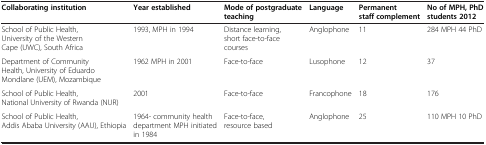
<table><thead><tr><td><b>Collaborating institution</b></td><td><b>Year established</b></td><td><b>Mode of postgraduate teaching</b></td><td><b>Language</b></td><td><b>Permanent staff complement</b></td><td><b>No of MPH, PhD students 2012</b></td></tr></thead><tbody><tr><td>School of Public Health, University of the Western Cape (UWC), South Africa</td><td>1993, MPH in 1994</td><td>Distance learning, short face-to-face courses</td><td>Anglophone</td><td>11</td><td>284 MPH 44 PhD</td></tr><tr><td>Department of Community Health, University of Eduardo Mondlane (UEM), Mozambique</td><td>1962 MPH in 2001</td><td>Face-to-face</td><td>Lusophone</td><td>12</td><td>37</td></tr><tr><td>School of Public Health, National University of Rwanda (NUR)</td><td>2001</td><td>Face-to-face</td><td>Francophone</td><td>18</td><td>176</td></tr><tr><td>School of Public Health, Addis Ababa University (AAU), Ethiopia</td><td>1964- community health department MPH initiated in 1984</td><td>Face-to-face, resource based</td><td>Anglophone</td><td>25</td><td>110 MPH 10 PhD</td></tr></tbody></table>